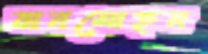
বানমোহন